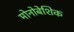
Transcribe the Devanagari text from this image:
मोनोबेशिक